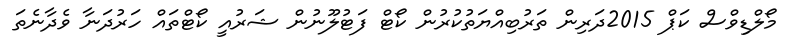
މޯލްޑިވްސް ކަޕް 2015ދަރިން ތަރުބިއްޔަތުކުރުން ކޯޓް ފަޓުލޫނުން ޝަރުއީ ކޯޓްތައް ހަރުދަނާ ވެދާނެތަ